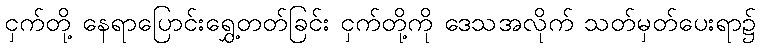
ငှက်တို့ နေရာပြောင်းရွှေ့တတ်ခြင်း ငှက်တို့ကို ဒေသအလိုက် သတ်မှတ်ပေးရာ၌